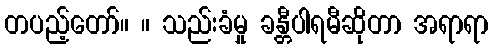
တပည့်တော်။ ။ သည်းခံမှု ခန္တီပါရမီဆိုတာ အရာရာ